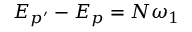
E _ { p ^ { \prime } } - E _ { p } = N \omega _ { 1 }